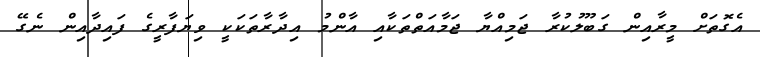
އެގޮތަށް މީރާއިން ގަބޫލުކުރާ ޖަމިއްޔާ ޖަމާއަތްތަކާއި އާންމު އިދާރާތަކަކީ ވިޔަފާރީގެ ފައިދާއިން ނެގޭ